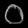
Digit: ၀